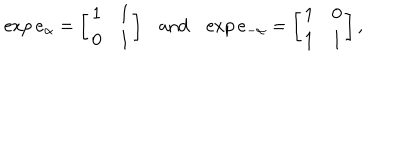
LaTeX: \exp e _ { \alpha } = \left[ \begin{array} { c c } { { 1 } } & { { 1 } } \\ { { 0 } } & { { 1 } } \\ \end{array} \right] \mathrm { a n d } \exp e _ { - \alpha } = \left[ \begin{array} { c c } { { 1 } } & { { 0 } } \\ { { 1 } } & { { 1 } } \\ \end{array} \right] ,